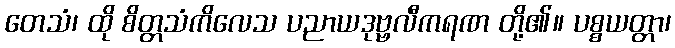
တေသံ၊ ထို စိတ္တသံကိလေသ ပညာယဒုဗ္ဗလီကရဏ တို့၏။ ပစ္စယတ္တာ၊